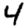
Digit: 4